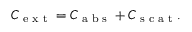
C _ { \textrm { e x t } } = C _ { \textrm { a b s } } + C _ { \textrm { s c a t } } .